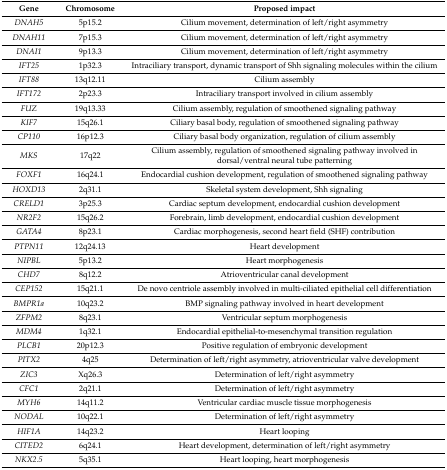
| Gene | Chromosome | Proposed impact |
 | --- | --- | --- |
 | DNAH5 | 5p15.2 | Cilium movement, determination of left/right asymmetry |
 | DNAH11 | 7p15.3 | Cilium movement, determination of left/right asymmetry |
 | DNAI1 | 9p13.3 | Cilium movement, determination of left/right asymmetry |
 | IFT25 | 1p32.3 | Intraciliary transport, dynamic transport of Shh signaling molecules within the cilium |
 | IFT88 | 13q12.11 | Cilium assembly |
 | IFT172 | 2p23.3 | Intraciliary transport involved in cilium assembly |
 | FUZ | 19q13.33 | Cilium assembly, regulation of smoothened signaling pathway |
 | KIF7 | 15q26.1 | Ciliary basal body, regulation of smoothened signaling pathway |
 | CP110 | 16p12.3 | Ciliary basal body organization, regulation of cilium assembly |
 | MKS | 17q22 | Cilium assembly, regulation of smoothened signaling pathway involved in dorsal/ventral neural tube patterning |
 | FOXF1 | 16q24.1 | Endocardial cushion development, regulation of smoothened signaling pathway |
 | HOXD13 | 2q31.1 | Skeletal system development, Shh signaling |
 | CRELD1 | 3p25.3 | Cardiac septum development, endocardial cushion development |
 | NR2F2 | 15q26.2 | Forebrain, limb development, endocardial cushion development |
 | GATA4 | 8p23.1 | Cardiac morphogenesis, second heart field (SHF) contribution |
 | PTPN11 | 12q24.13 | Heart development |
 | NIPBL | 5p13.2 | Heart morphogenesis |
 | CHD7 | 8q12.2 | Atrioventricular canal development |
 | CEP152 | 15q21.1 | De novo centriole assembly involved in multi-ciliated epithelial cell differentiation |
 | BMPR1a | 10q23.2 | BMP signaling pathway involved in heart development |
 | ZFPM2 | 8q23.1 | Ventricular septum morphogenesis |
 | MDM4 | 1q32.1 | Endocardial epithelial-to-mesenchymal transition regulation |
 | PLCB1 | 20p12.3 | Positive regulation of embryonic development |
 | PITX2 | 4q25 | Determination of left/right asymmetry, atrioventricular valve development |
 | ZIC3 | Xq26.3 | Determination of left/right asymmetry |
 | CFC1 | 2q21.1 | Determination of left/right asymmetry |
 | MYH6 | 14q11.2 | Ventricular cardiac muscle tissue morphogenesis |
 | NODAL | 10q22.1 | Determination of left/right asymmetry |
 | HIF1A | 14q23.2 | Heart looping |
 | CITED2 | 6q24.1 | Heart development, determination of left/right asymmetry |
 | NKX2.5 | 5q35.1 | Heart looping, heart morphogenesis |